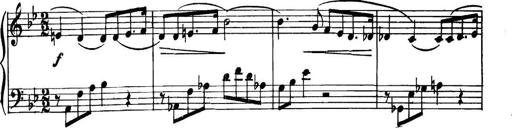
Title: Piano Sonatina in G minor
Composer: John Blackwood McEwen
Key: G minor